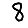
Digit: 8